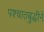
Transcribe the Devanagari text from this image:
पश्चातबुद्धीने